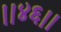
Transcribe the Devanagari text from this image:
।।४६।।